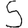
Digit: 5